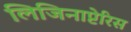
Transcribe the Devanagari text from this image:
लिजिनाप्टेरिस